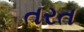
તરત